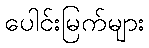
ပေါင်းမြက်များ